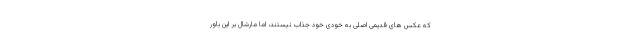
که عکس های قدیمی اصلی به خودی خود جذاب نیستند، اما مارشال بر این باور